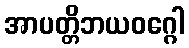
အာပတ္တိဘယဝဂ္ဂေါ